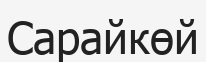
Сарайкөй